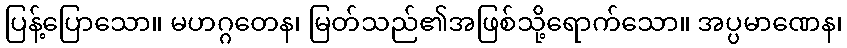
ပြန့်ပြောသော။ မဟဂ္ဂတေန၊ မြတ်သည်၏အဖြစ်သို့ရောက်သော။ အပ္ပမာဏေန၊